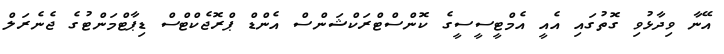
އޭނާ ވިދާޅުވި ގޮތުގައި އެއީ އެމްޓީސީސީގެ ކޮންސްޓްރަކްޝަންސް އެންޑް ޕްރޮޖެކްޓްސް ޑިޕާޓްމަންޓުގެ ޖެނެރަލް